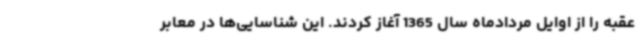
عقبه را از اوایل مردادماه سال 1365 آغاز کردند. این شناسایی‌ها در معابر